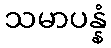
သမာပန္နံ